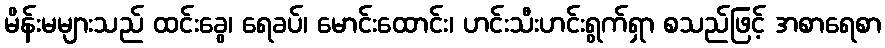
မိန်းမများသည် ထင်းခွေ၊ ရေခပ်၊ မောင်းထောင်း၊ ဟင်းသီးဟင်းရွက်ရှာ စသည်ဖြင့် အစာရေစာ